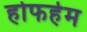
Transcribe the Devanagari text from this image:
होफहेम